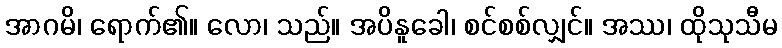
အာဂမိ၊ ရောက်၏။ လော၊ သည်။ အပိနူခေါ၊ စင်စစ်လျှင်။ အဿ၊ ထိုသုသီမ